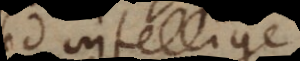
Sed intellige